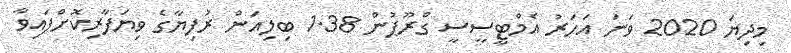
މިދިޔަ 2020 ވަނަ އަހަރު އެމްޓީސީސީ ގްރޫޕުން 1.38 ބިލިއަން ރުފިޔާގެ ވިޔަފާރިކޮށްފައިވާ